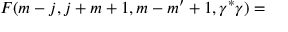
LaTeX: F ( m - j , j + m + 1 , m - m ^ { \prime } + 1 , \gamma ^ { * } \gamma ) =